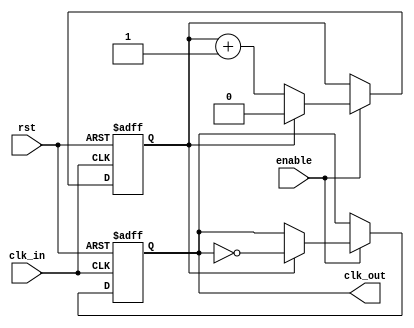
module clk_divider #(
    parameter N = 2              // Parameter to set the division factor
)(
    input wire clk_in,          // Input clock signal
    input wire rst,             // Asynchronous reset signal
    input wire enable,          // Output enable signal
    output reg clk_out          // Output clock signal
);

    reg [$clog2(N)-1:0] counter; // Counter to keep track of clock cycles
    reg enable_clk_out;           // Register for enabling clock output

    // Always block for synchronous operations
    always @(posedge clk_in or posedge rst) 
    begin
        if (rst) begin
            counter <= 0;         // Reset the counter
            clk_out <= 0;        // Reset the output clock
            enable_clk_out <= 0; // Reset output clock enable signal
        end
        else if (enable) begin
            if (counter == (N - 1)) begin
                clk_out <= ~clk_out; // Toggle the output clock state
                counter <= 0;         // Reset the counter
            end
            else begin
                counter <= counter + 1; // Increment the counter
            end
        end
    end

endmodule